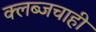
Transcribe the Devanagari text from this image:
क्लब्जचाही